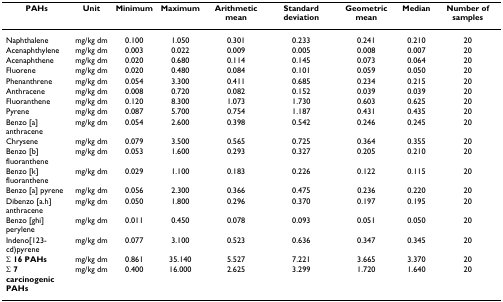
<table><thead><tr><td><b>PAHs</b></td><td><b>Unit</b></td><td><b>Minimum</b></td><td><b>Maximum</b></td><td><b>Arithmetic mean</b></td><td><b>Standard deviation</b></td><td><b>Geometric mean</b></td><td><b>Median</b></td><td><b>Number of samples</b></td></tr></thead><tbody><tr><td>Naphthalene</td><td>mg/kg dm</td><td>0.100</td><td>1.050</td><td>0.301</td><td>0.233</td><td>0.241</td><td>0.210</td><td>20</td></tr><tr><td>Acenaphthylene</td><td>mg/kg dm</td><td>0.003</td><td>0.022</td><td>0.009</td><td>0.005</td><td>0.008</td><td>0.007</td><td>20</td></tr><tr><td>Acenaphthene</td><td>mg/kg dm</td><td>0.020</td><td>0.680</td><td>0.114</td><td>0.145</td><td>0.073</td><td>0.064</td><td>20</td></tr><tr><td>Fluorene</td><td>mg/kg dm</td><td>0.020</td><td>0.480</td><td>0.084</td><td>0.101</td><td>0.059</td><td>0.050</td><td>20</td></tr><tr><td>Phenanthrene</td><td>mg/kg dm</td><td>0.054</td><td>3.300</td><td>0.411</td><td>0.685</td><td>0.234</td><td>0.215</td><td>20</td></tr><tr><td>Anthracene</td><td>mg/kg dm</td><td>0.008</td><td>0.720</td><td>0.082</td><td>0.152</td><td>0.039</td><td>0.039</td><td>20</td></tr><tr><td>Fluoranthene</td><td>mg/kg dm</td><td>0.120</td><td>8.300</td><td>1.073</td><td>1.730</td><td>0.603</td><td>0.625</td><td>20</td></tr><tr><td>Pyrene</td><td>mg/kg dm</td><td>0.087</td><td>5.700</td><td>0.754</td><td>1.187</td><td>0.431</td><td>0.435</td><td>20</td></tr><tr><td>Benzo [a] anthracene</td><td>mg/kg dm</td><td>0.054</td><td>2.600</td><td>0.398</td><td>0.542</td><td>0.246</td><td>0.245</td><td>20</td></tr><tr><td>Chrysene</td><td>mg/kg dm</td><td>0.079</td><td>3.500</td><td>0.565</td><td>0.725</td><td>0.364</td><td>0.355</td><td>20</td></tr><tr><td>Benzo [b] fluoranthene</td><td>mg/kg dm</td><td>0.053</td><td>1.600</td><td>0.293</td><td>0.327</td><td>0.205</td><td>0.210</td><td>20</td></tr><tr><td>Benzo [k] fluoranthene</td><td>mg/kg dm</td><td>0.029</td><td>1.100</td><td>0.183</td><td>0.226</td><td>0.122</td><td>0.115</td><td>20</td></tr><tr><td>Benzo [a] pyrene</td><td>mg/kg dm</td><td>0.056</td><td>2.300</td><td>0.366</td><td>0.475</td><td>0.236</td><td>0.220</td><td>20</td></tr><tr><td>Dibenzo [a.h] anthracene</td><td>mg/kg dm</td><td>0.050</td><td>1.800</td><td>0.296</td><td>0.370</td><td>0.197</td><td>0.195</td><td>20</td></tr><tr><td>Benzo [ghi] perylene</td><td>mg/kg dm</td><td>0.011</td><td>0.450</td><td>0.078</td><td>0.093</td><td>0.051</td><td>0.050</td><td>20</td></tr><tr><td>Indeno[123-cd)pyrene</td><td>mg/kg dm</td><td>0.077</td><td>3.100</td><td>0.523</td><td>0.636</td><td>0.347</td><td>0.345</td><td>20</td></tr><tr><td><b>Σ 16 PAHs</b></td><td>mg/kg dm</td><td>0.861</td><td>35.140</td><td>5.527</td><td>7.221</td><td>3.665</td><td>3.370</td><td>20</td></tr><tr><td><b>Σ 7 carcinogenic PAHs</b></td><td>mg/kg dm</td><td>0.400</td><td>16.000</td><td>2.625</td><td>3.299</td><td>1.720</td><td>1.640</td><td>20</td></tr></tbody></table>